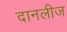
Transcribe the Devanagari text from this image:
दानलीज